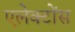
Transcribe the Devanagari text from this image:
एलेक्टोंस